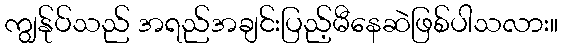
ကျွန်ုပ်သည် အရည်အချင်းပြည့်မီနေဆဲဖြစ်ပါသလား။